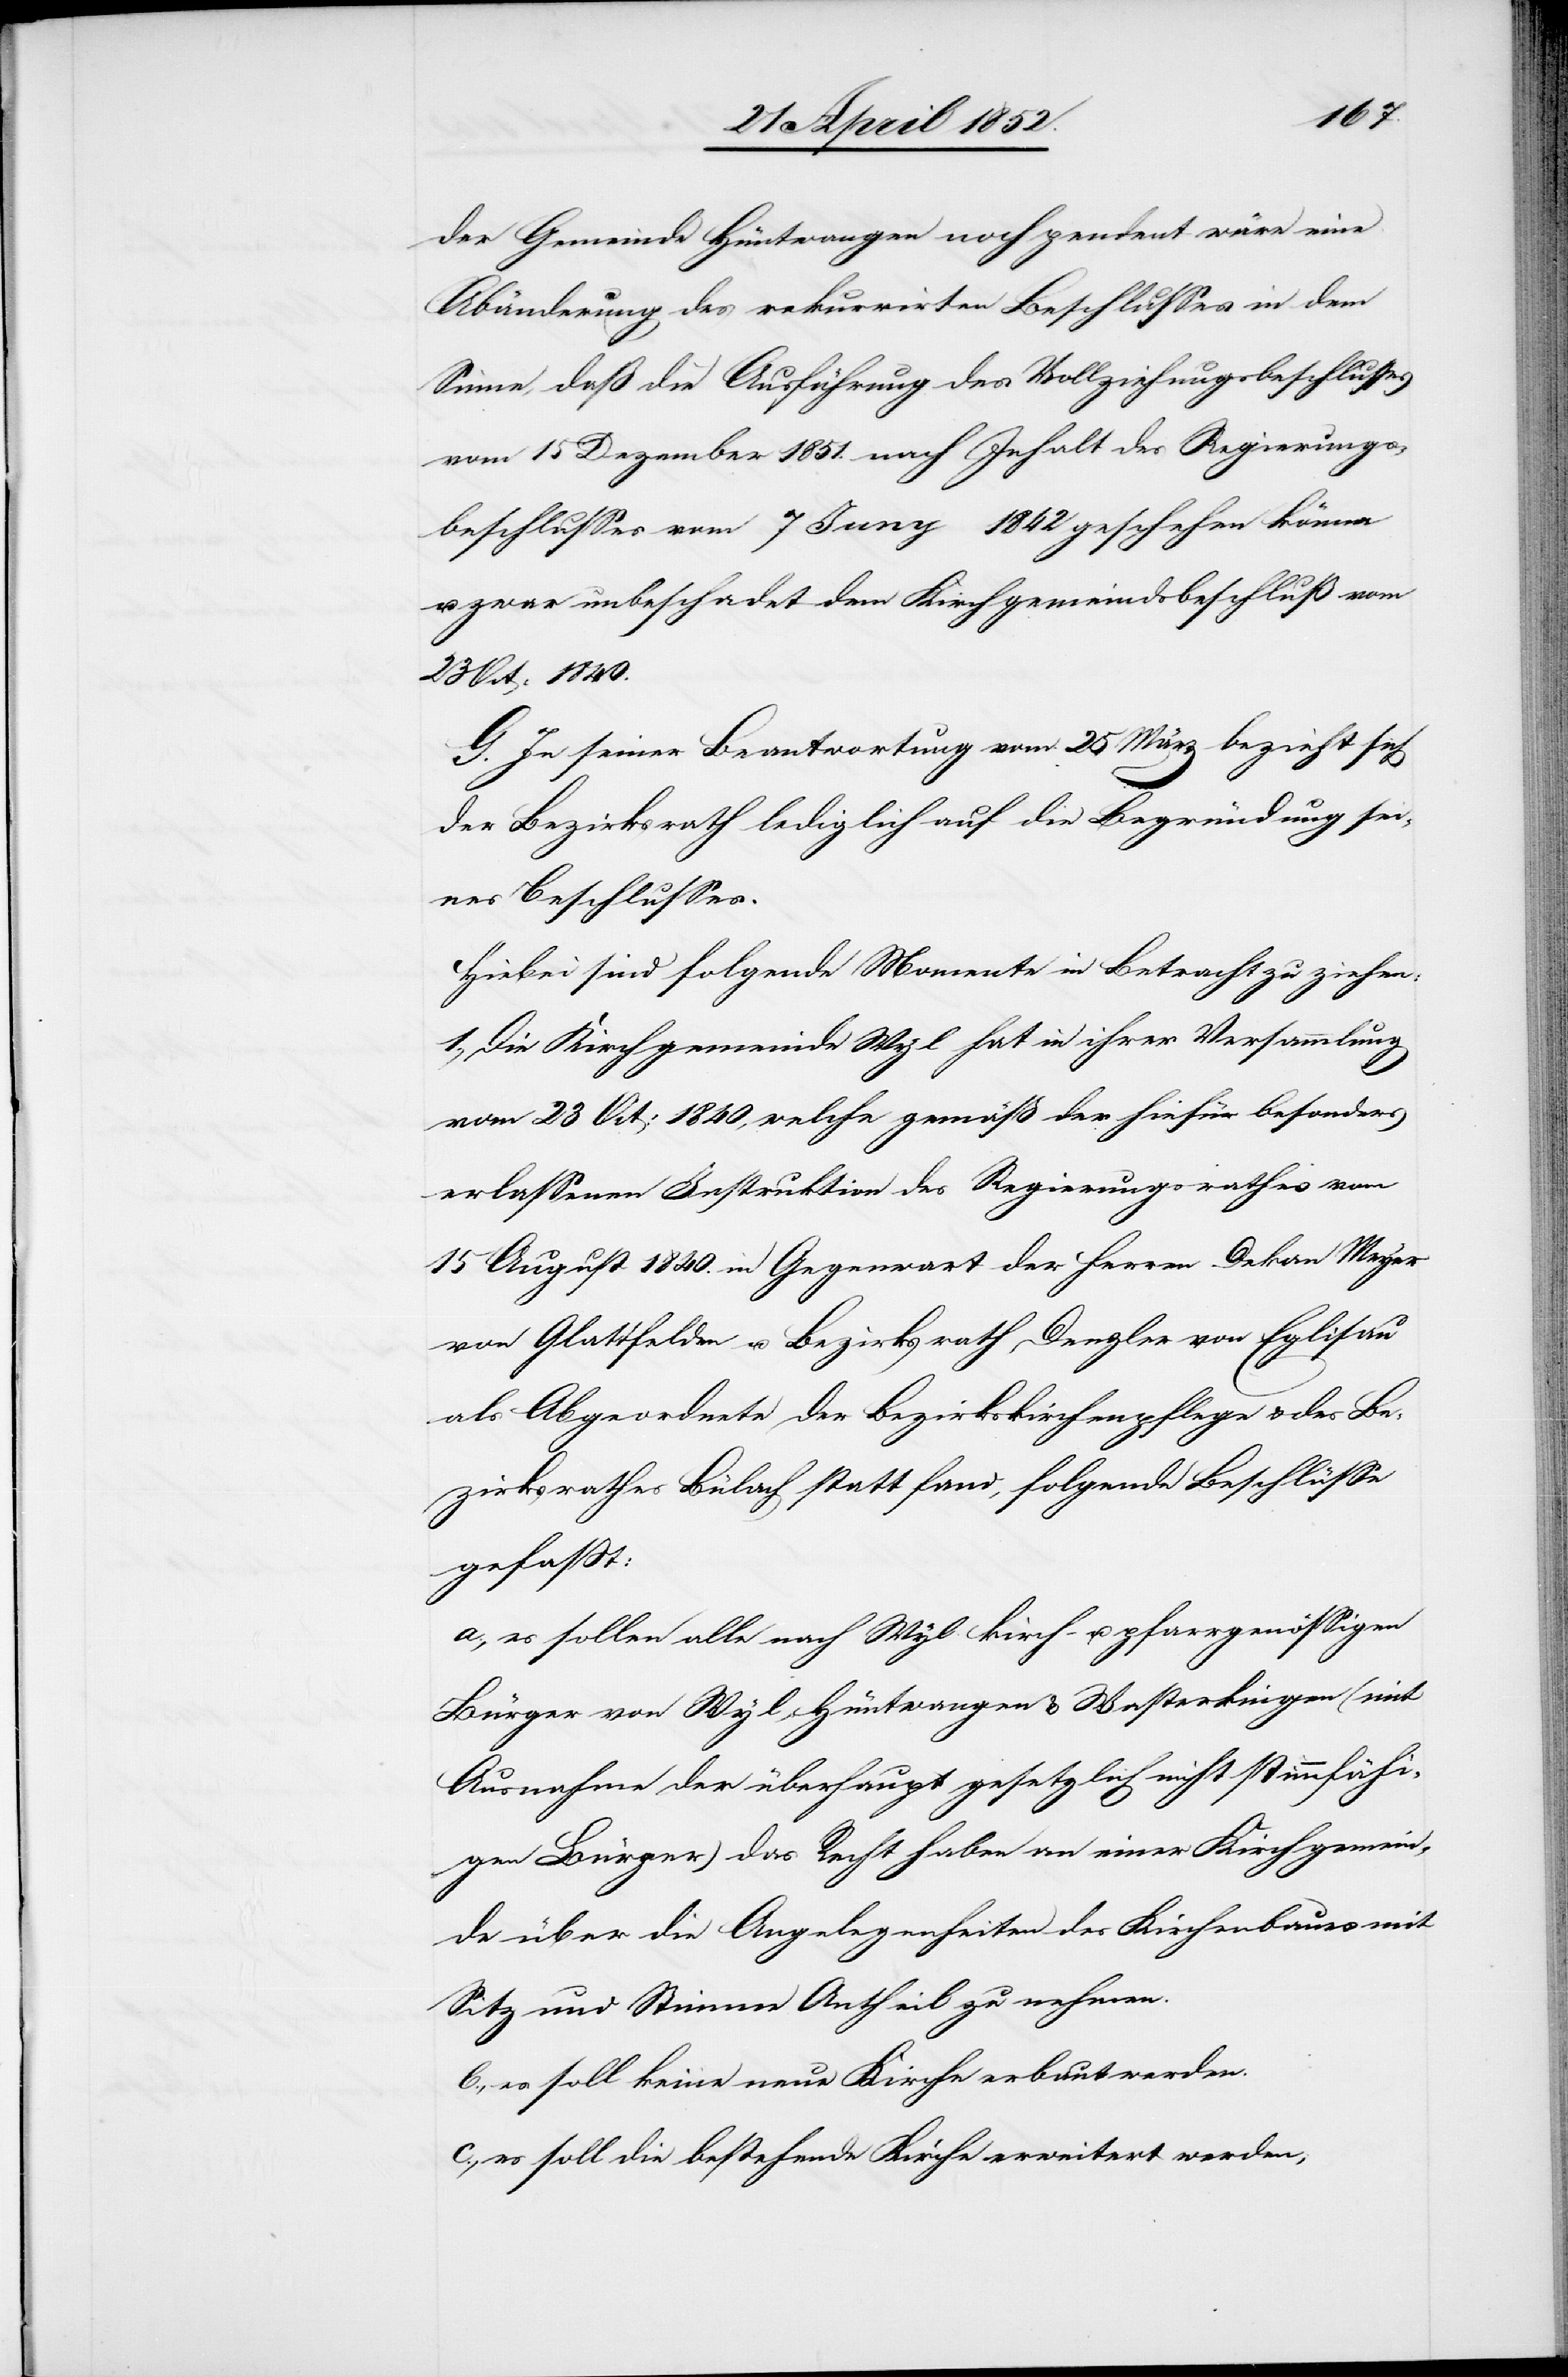
der Gemeinde Hüntwangen noch pendent wäre eine
Abänderung des rekurrirten Beschlusses in dem
Sinne, daß die Ausführung des Vollziehungsbeschlusses
vom 15 Dezember 1851. nach Inhalt des Regierungs¬
beschlusses vom 7 Juny [recte: July] 1842 geschehen könne
u. zwar unbeschadet dem Kirchgemeindsbeschluß vom
23 Oct: 1840.
G. In seiner Beantwortung vom 25 März bezieht sich
der Bezirksrath lediglich auf die Begründung sei¬
nes Beschlusses.
Hiebei sind folgende Momente in Betracht zu ziehen:
1., Die Kirchgemeinde Wyl hat in ihrer Versammlung
vom 23 Oct: 1840, welche gemäß der hiefür besonders
erlassenen Instruktion des Regierungsrathes vom
15 August 1840. in Gegenwart der Herren Dekan Meyer
von Glattfelden u. Bezirksrath Denzler von Eglisau
als Abgeordnete der Bezirkskirchenpflege & des Be¬
zirksrathes Bülach statt fand, folgende Beschlüsse
gefasst:
a., es sollen alle nach Wyl kirch- u. pfarrgenössigen
Bürger von Wyl, Hüntwangen & Wasterkingen (mit
Ausnahme der überhaupt gesetzlich nicht stimmfähi¬
gen Bürger) das Recht haben an einer Kirchgemein¬
de über die Angelegenheiten des Kirchenbaues mit
Sitz und Stimme Antheil zu nehmen.
b., es soll keine neue Kirche erbaut werden.
c., es soll die bestehende Kirche erweitert werden,